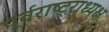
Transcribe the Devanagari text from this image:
पूर्वराष्ट्राध्यक्ष